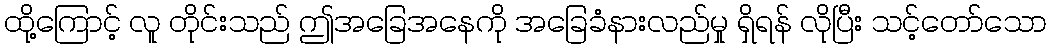
ထို့ကြောင့် လူ တိုင်းသည် ဤအခြေအနေကို အခြေခံနားလည်မှု ရှိရန် လိုပြီး သင့်တော်သော